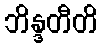
ဘိန္ဒတီတိ